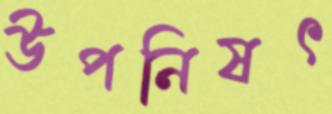
উপনিষৎ